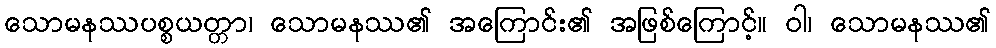
သောမနဿပစ္စယတ္တာ၊ သောမနဿ၏ အကြောင်း၏ အဖြစ်ကြောင့်။ ဝါ၊ သောမနဿ၏